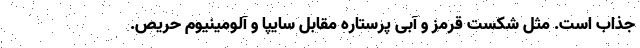
جذاب است. مثل شکست قرمز و آبی پرستاره مقابل سایپا و آلومینیوم حریص.